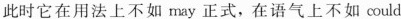
此时它在用法上不如may正式，在语气上不如could